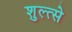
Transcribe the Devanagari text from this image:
शुल्त्से